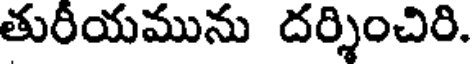
తురీయమును దర్శించిరి.